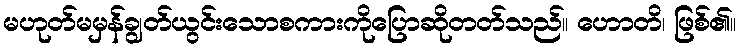
မဟုတ်မမှန်ချွတ်ယွင်းသောစကားကိုပြောဆိုတတ်သည်။ ဟောတိ၊ ဖြစ်၏။